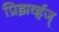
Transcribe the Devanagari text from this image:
प्रिझर्व्हज्